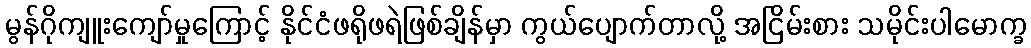
မွန်ဂိုကျူးကျော်မှုကြောင့် နိုင်ငံဖရိုဖရဲဖြစ်ချိန်မှာ ကွယ်ပျောက်တာလို့ အငြိမ်းစား သမိုင်းပါမောက္ခ